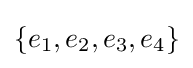
\{e_{1},e_{2},e_{3},e_{4}\}